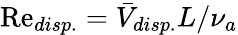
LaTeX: \mathrm{Re}_{disp.}=\bar{V}_{disp.}L/\nu_{a}